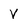
Character: V